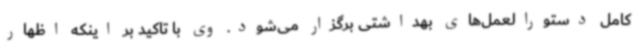
کامل دستورالعمل‌های بهداشتی برگزار می‌شود. وی با تاکید بر اینکه اظهار